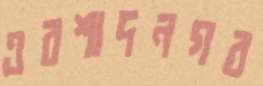
এরশাদনগর